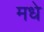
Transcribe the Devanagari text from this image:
मधे